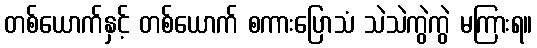
တစ်ယောက်နှင့် တစ်ယောက် စကားပြောသံ သဲသဲကွဲကွဲ မကြားရ။